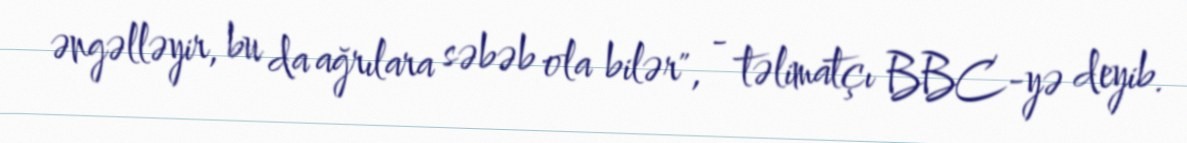
əngəlləyir, bu da ağrılara səbəb ola bilər", - təlimatçı BBC-yə deyib.